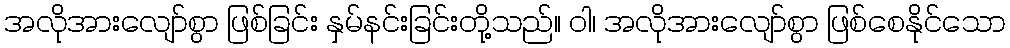
အလိုအားလျော်စွာ ဖြစ်ခြင်း နှမ်နင်းခြင်းတို့သည်။ ဝါ၊ အလိုအားလျော်စွာ ဖြစ်စေနိုင်သော